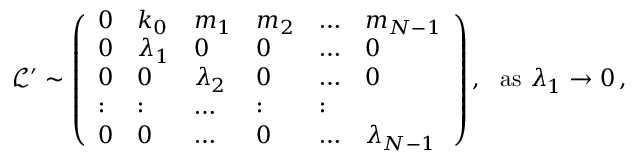
\begin{array} { r } { \ \mathcal { L } ^ { \prime } \sim \left( \begin{array} { l l l l l l } { 0 } & { k _ { 0 } } & { m _ { 1 } } & { m _ { 2 } } & { \dots } & { m _ { N - 1 } } \\ { 0 } & { \lambda _ { 1 } } & { 0 } & { 0 } & { \dots } & { 0 } \\ { 0 } & { 0 } & { \lambda _ { 2 } } & { 0 } & { \dots } & { 0 } \\ { : } & { : } & { \dots } & { : } & { : } \\ { 0 } & { 0 } & { \dots } & { 0 } & { \dots } & { \lambda _ { N - 1 } } \end{array} \right) , ~ ~ \mathrm { a s } ~ \lambda _ { 1 } \rightarrow 0 \, , } \end{array}